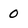
Character: 0